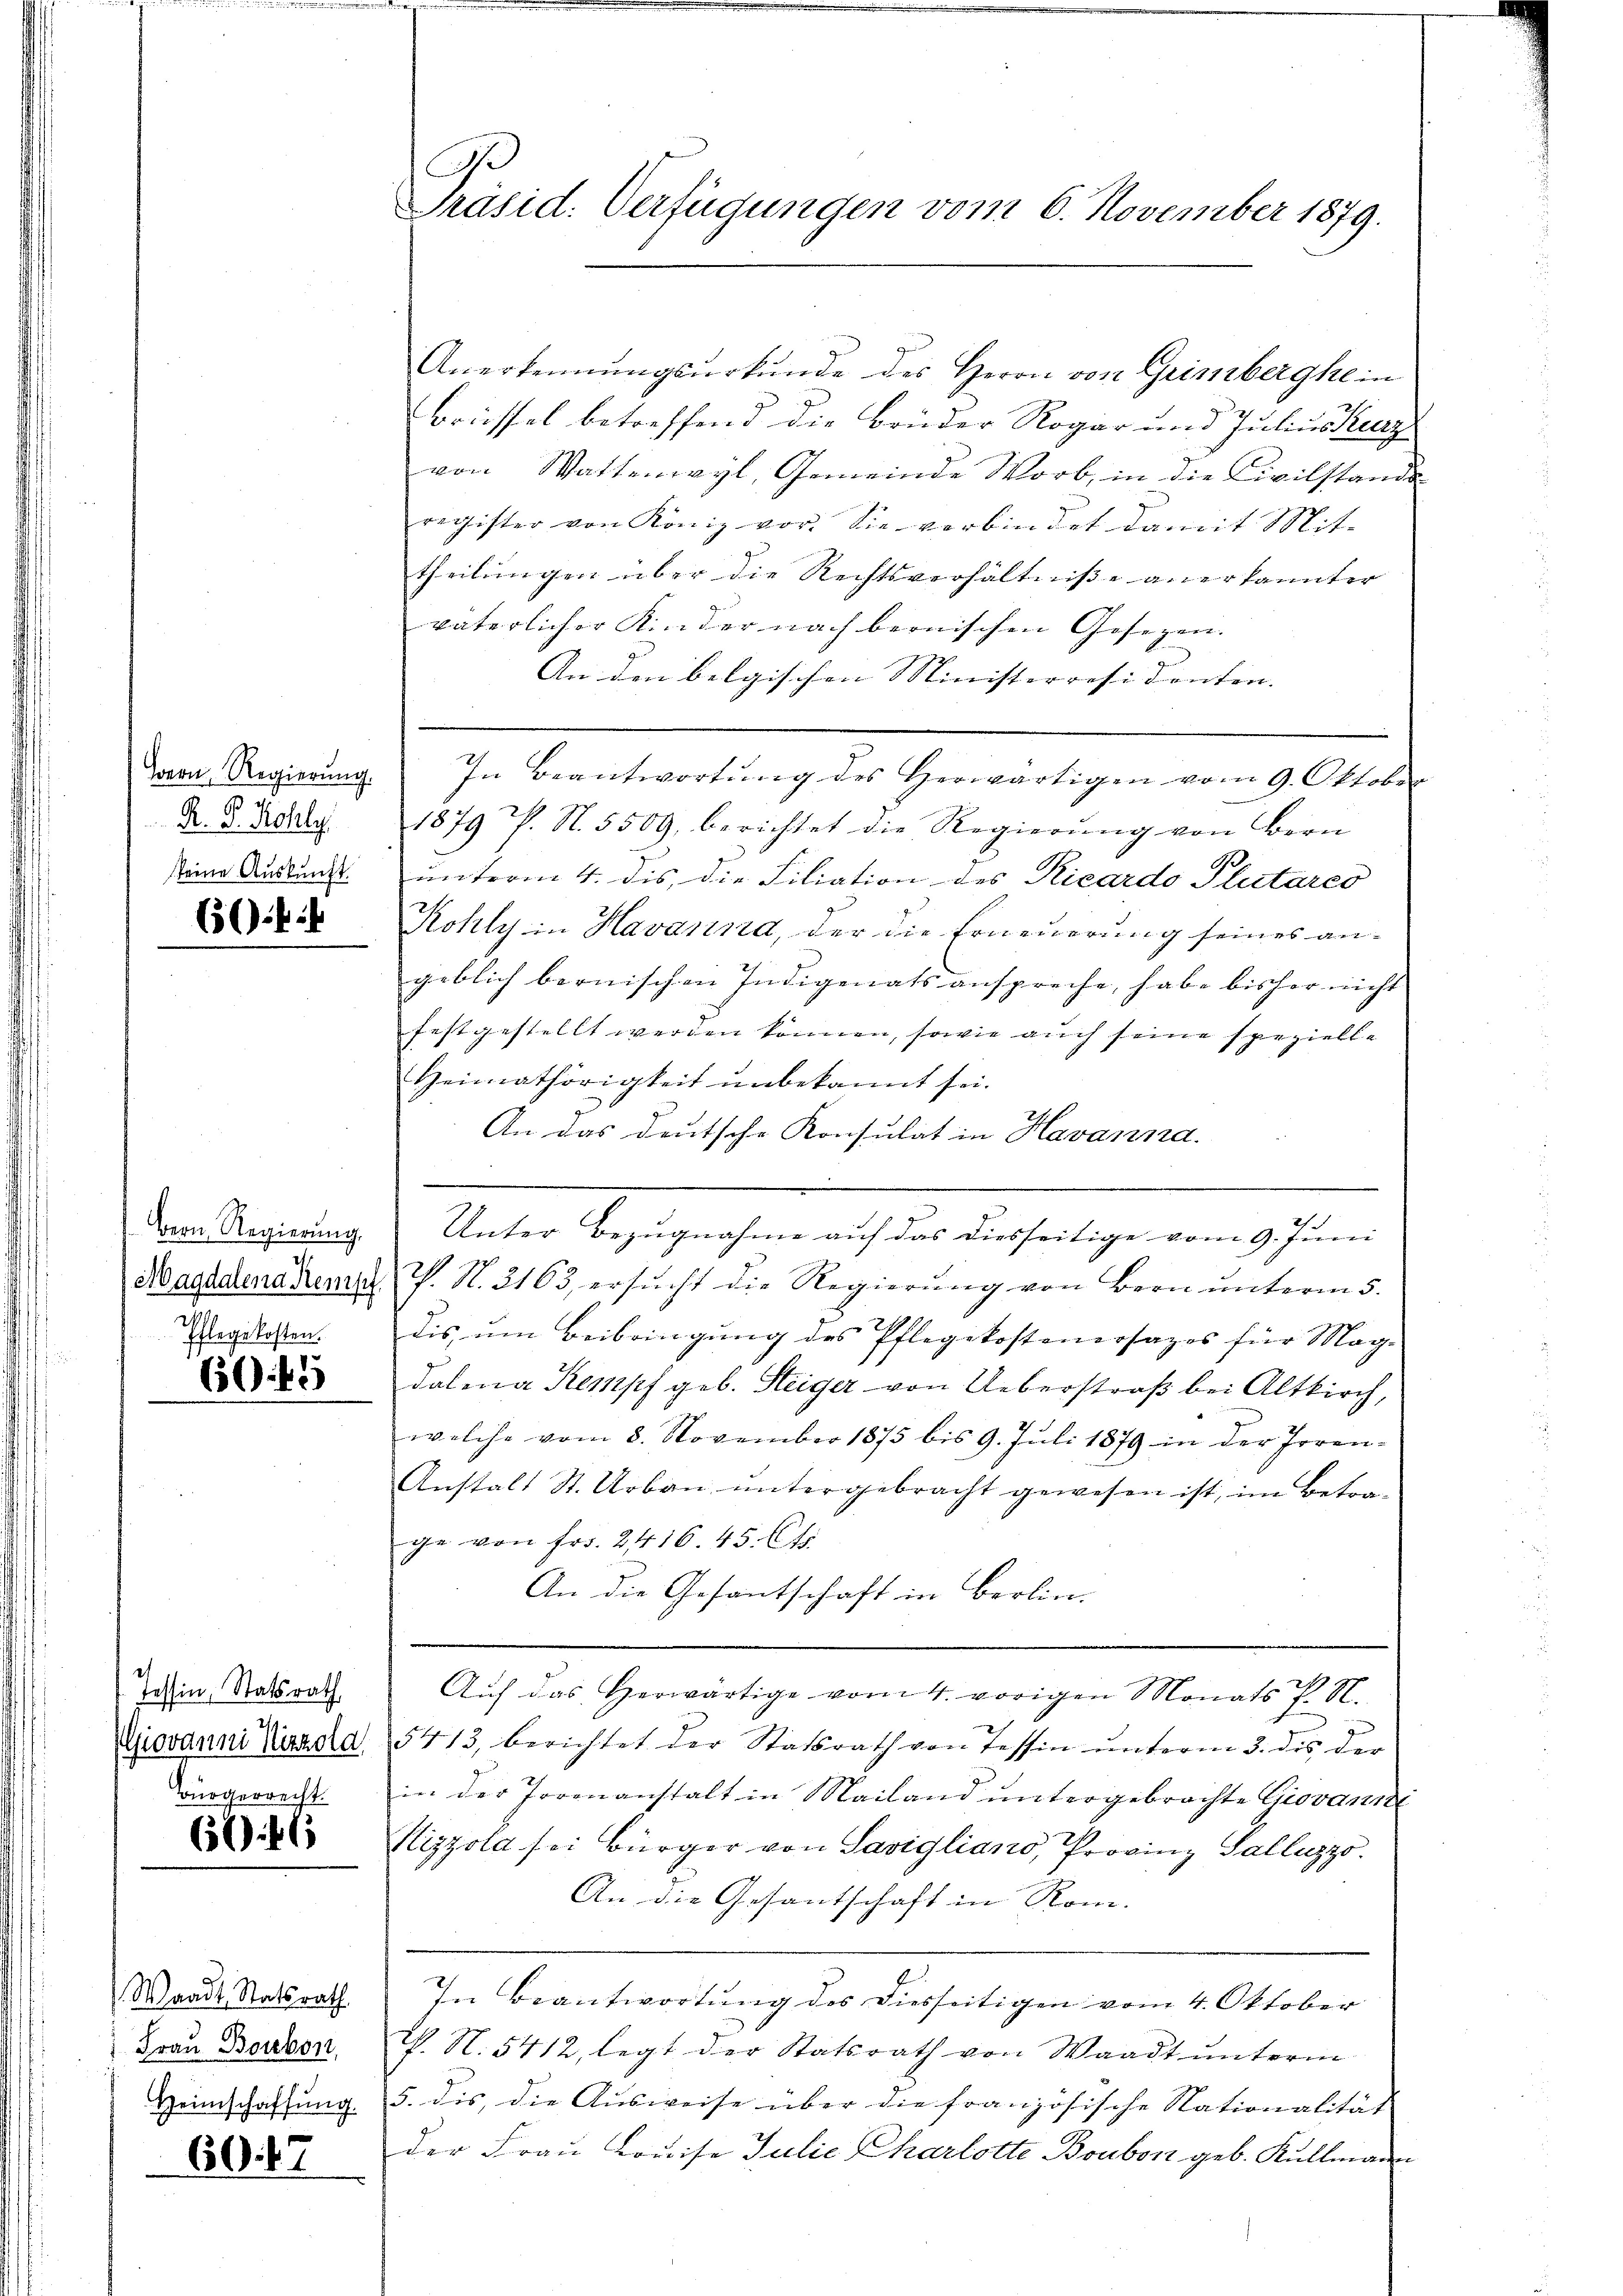
R. G. Rohly.
keine Auskunft.

6):

Bern Regierung,
Pflegekosten.
650. 45

Tessin, Statsrath
2/
Bürgerrecht.

6746

Waadt Statsrath
Frau Bonbon,
Heimschaffung.
60. 47

.
Präsid. Verfügungen vom 6. November 1879.

Anerkennungsurkunde des Herrn von Grimberghe in
Brüssel betreffend die Brüder Rogar und Juliuskeng
von Wattenwyl, Gemeinde Worb, in die Civilstande
register von Konig vor. Sie verbindet damit Mit-
theilungen über die Rechtsverhältniße anerkannter
väterlicher Kinder nach bernischen Gesezen.
An den belgischen Ministervesidenten. |
Von Regierŭng. In Beantwortŭng des Herwärtigen vom 9. Oktober
1879 P. N. 5509, berichtet die Regierŭng von Bern
unterm 4. dis, die Liliation des Ricardo Plutares
Kohly in Havanna, der die Erneuerung seines an-
geblich bernischen Indigenatsanspreche, habe bisher nicht
festgestellt werden können, sowie auch seine spezielle
Heimathörigkeit unbekannt sei.
An das deutsche Konsulat in Havanna.
.
Unter Bezugnahme auf das diesseitige vom 9. Juni
Magadena Remar P. N. 2163 ersŭcht die Regierŭng von Bern ŭnterm 5.
dis, um Beibringung des Pflegekostenersages für Mag.
dalena Kempf geb. Steiger von Ueberstraß bei Altkirch,
welche vom 8. November 1875 bis 9. Juli 1879 in der Irren-
Anstalt St. Urbau untergebracht gewesen ist, im Betrage von fr. 2416. 45. Cts.
An die Gesantschaft in Berlin-
Aŭf das herwärtige vom 4. vorigen Monats P. N.
Ziovanni passa 15413, berichtet der Statsrath von Tessin ŭnterm 3. des der
in der Torenanstalt in Mailand untergebrochte Giovanni
Kizzola sei Bürger von Savigliano, Provinz Galluzzo.
An die Gesantschaft in Rom.
In Beantwortŭng des diesseitigen vom 4. Oktober
P. N. 5412, legt der Statsrath von Waadt ŭnterm
5. dis, die Ausweise über die französische Nationalität
der Frau Louise Julie Charlotte Boubon geb. Kellmann